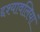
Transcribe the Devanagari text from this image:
द्दश्यावलियां